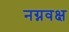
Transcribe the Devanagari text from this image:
नग्नवक्ष